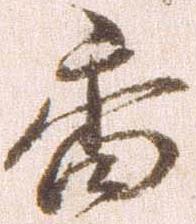
香